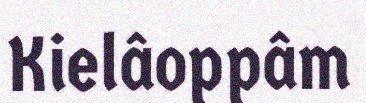
Kielâoppâm